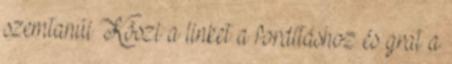
szemtanúi Köszi a linket a fordításhoz és grat a